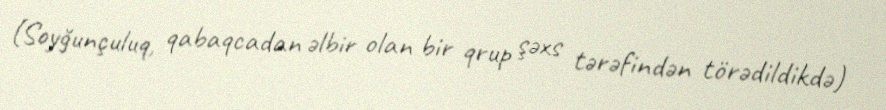
(Soyğunçuluq, qabaqcadan əlbir olan bir qrup şəxs tərəfindən törədildikdə)